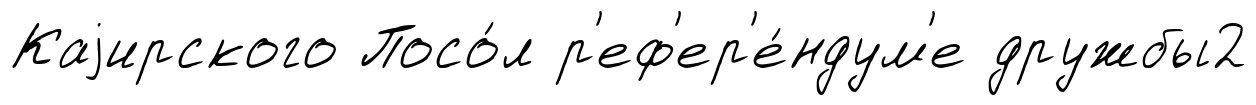
Каjирского Посо́л р'еф'ер'е́ндум'е дружбы2